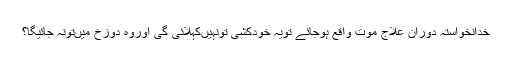
خدانخواستہ دورانِ علاج موت واقع ہوجائے تویہ خودکشی تونہیںکہلائی گی اوروہ دوزخ میںتونہ جائیگا؟